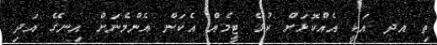
ތި އދ އަކީ އެއްކޮޅަށް ކުޅޭ ޓީމެއް އެކަން އެންމެނަށް އިނގޭ އަދި